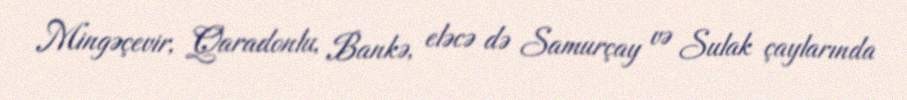
Mingəçevir, Qaradonlu, Bankə, eləcə də Samurçay və Sulak çaylarında